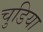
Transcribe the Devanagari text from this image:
चुडिया